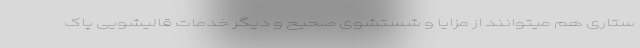
ستاری هم میتوانند از مزایا و شستشوی صحیح و دیگر خدمات قالیشویی پاک